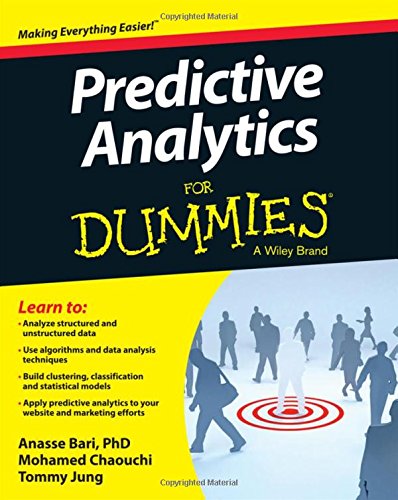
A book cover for Predictive Analytics For Dummies; Anasse Bari; Business & Money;